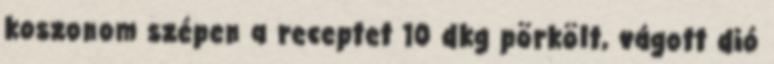
koszonom szépen a receptet 10 dkg pörkölt, vágott dió